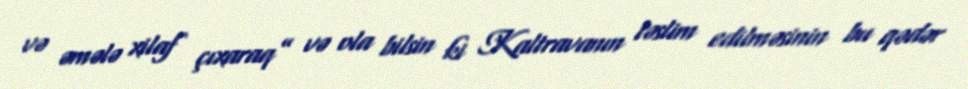
və əmələ xilaf çıxaraq” və ola bilsin ki Kaltravanın təslim edilməsinin bu qədər